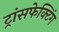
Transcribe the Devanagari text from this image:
ट्रांसफेक्टिंग